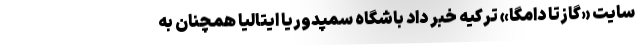
سایت «گازتا دامگا» ترکیه خبر داد باشگاه سمپدوریا ایتالیا همچنان به